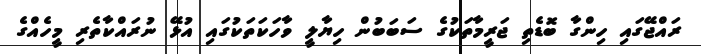
ރައްޖޭގައި ހިންގާ ބޮޑެތި ޖަރީމާތަކުގެ ސަބަބުން ހިޔާލީ ވާހަކަތަކުގައި އުޅޭ ނުރައްކާތެރި މީހެއްގެ